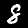
Label: 8